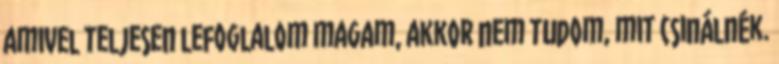
amivel teljesen lefoglalom magam, akkor nem tudom, mit csinálnék.